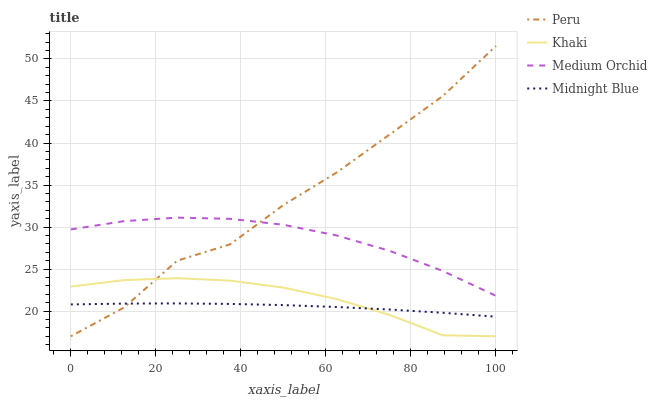
| xaxis_label | Peru | Khaki | Medium Orchid | Midnight Blue |
 | --- | --- | --- | --- | --- |
 | 0 | 17 | 22.9 | 29.7 | 20.8 |
 | 12.5 | 20.4 | 23.7 | 30.7 | 20.9 |
 | 25 | 26 | 23.9 | 31.1 | 20.9 |
 | 37.5 | 27.9 | 23.6 | 31 | 20.8 |
 | 50 | 32.6 | 22.8 | 30.3 | 20.7 |
 | 62.5 | 36.5 | 21.4 | 29 | 20.5 |
 | 75 | 41 | 19.5 | 27.2 | 20.2 |
 | 87.5 | 45.6 | 17.1 | 24.8 | 19.8 |
 | 100 | 51.5 | 17 | 21.8 | 19.3 |